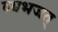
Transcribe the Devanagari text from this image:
व्यभजत्